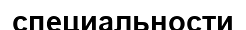
специальности